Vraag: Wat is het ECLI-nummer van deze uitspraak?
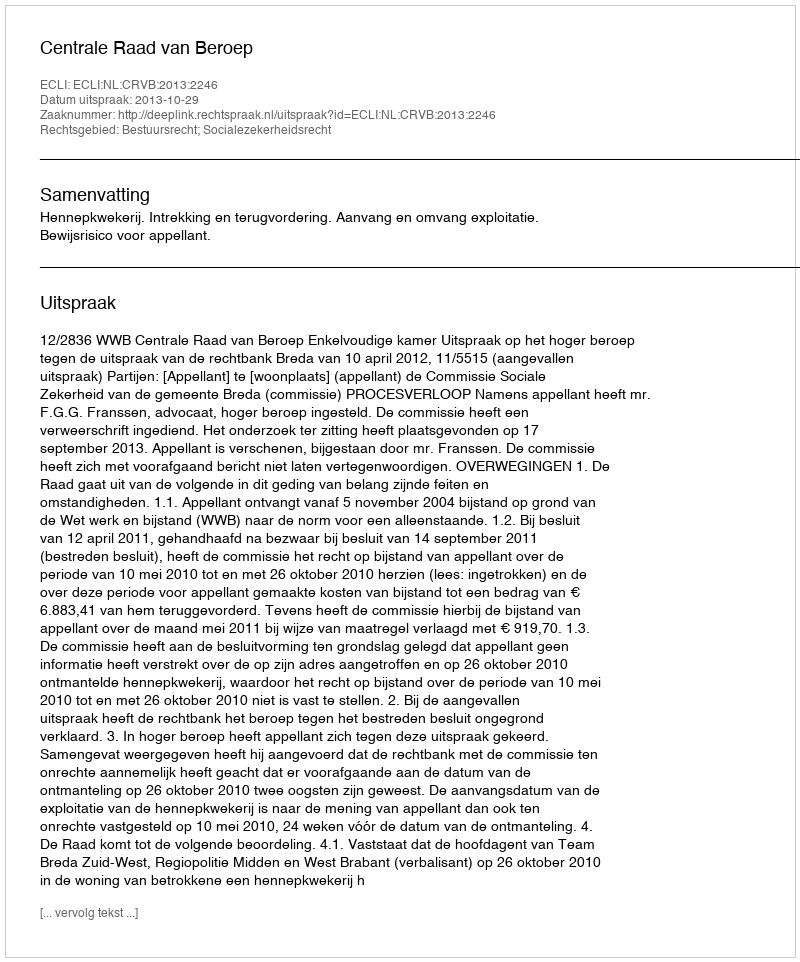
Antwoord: ECLI:NL:CRVB:2013:2246